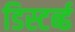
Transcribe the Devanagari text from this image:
डिस्टर्ब्ड